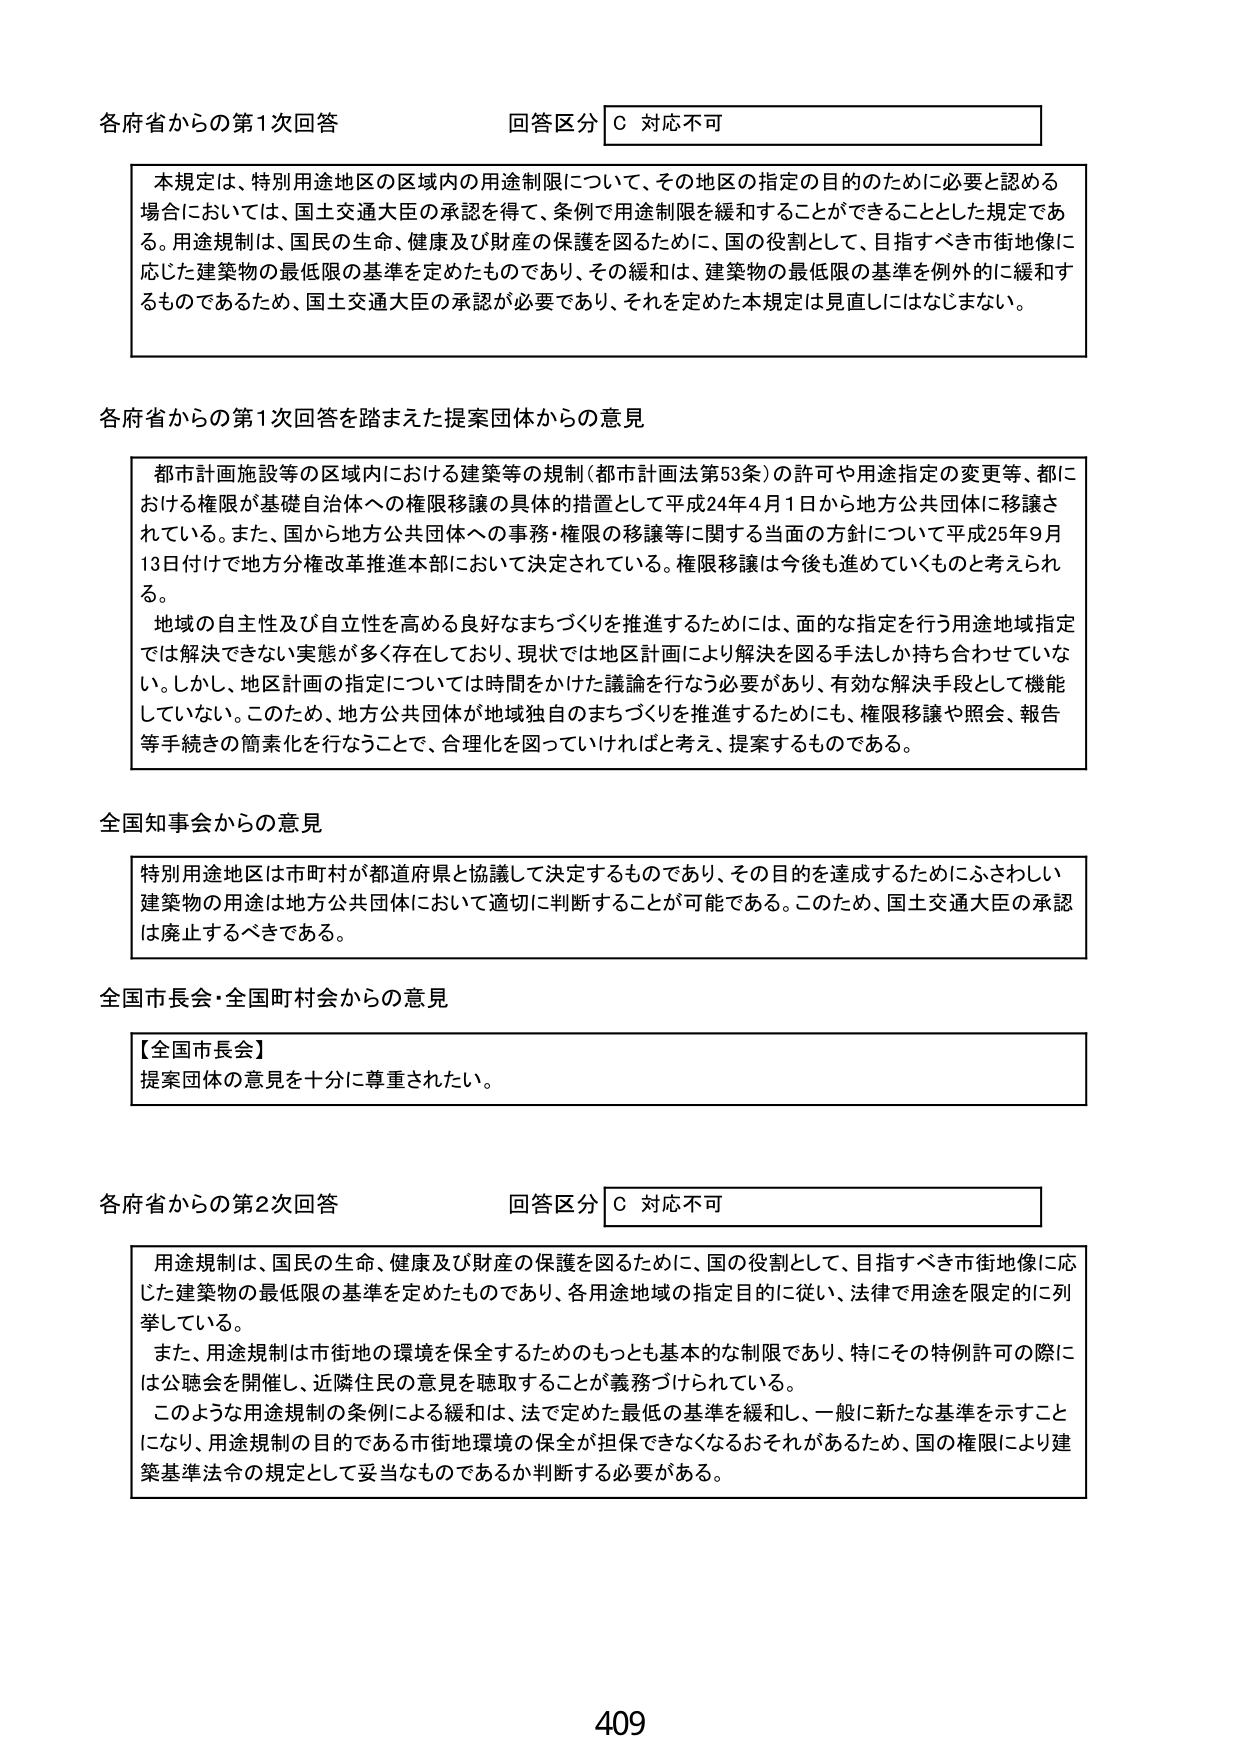
各府省からの第1次回答
回答区分 C 対応不可

本規定は、特別用途地区の区域内の用途制限について、その地区の指定の目的のために必要と認める場合においては、国土交通大臣の承認を得て、条例で用途制限を緩和することができる thingとした規定である。用途規制は、国民の生命、健康及び財産の保護を図るために、国の役割として、目指すべき市街地像に応じた建築物の最低限の基準を定めたものであり、その緩和は、建築物の最低限の基準を例外的に緩和するものであるため、国土交通大臣の承認が必要であり、それを定めた本規定は見直しにはなじまない。

各府省からの第1次回答を踏まえた提案団体からの意見

都市計画施設等の区域内における建築等の規制（都市計画法第53条）の許可や用途指定の変更等、都における権限が基礎自治体への権限移譲の具体的措置として平成24年4月1日から地方公共団体に移譲されている。また、国から地方公共団体への事務・権限の移譲等に関する当面の方針について平成25年9月13日付けで地方分権改革推進本部において決定されている。権限移譲は今後も進めていくものと考えられる。
地域の自主性及び自立性を高める良好なまちづくりを推進するためには、面的な指定を行う用途地域指定では解決できない実態が多く存在しており、現状では地区計画により解決を図る手法しか持ち合わせていない。しかし、地区計画の指定については時間をかけた議論を行なう必要があり、有効な解決手段として機能していない。このため、地方公共団体が地域独自のまちづくりを推進するためにも、権限移譲や照会、報告等手続きの簡素化を行なうことで、合理化を図っていければと考え、提案するものである。

全国知事会からの意見

特別用途地区は市町村が都道府県と協議して決定するものであり、その目的を達成するためにふさわしい建築物の用途は地方公共団体において適切に判断することが可能である。このため、国土交通大臣の承認は廃止するべきである。

全国市長会・全国町村会からの意見

【全国市長会】
提案団体の意見を十分に尊重されたい。

各府省からの第2次回答
回答区分 C 対応不可

用途規制は、国民の生命、健康及び財産の保護を図るために、国の役割として、目指すべき市街地像に応じた建築物の最低限の基準を定めたものであり、各用途地域の指定目的に従い、法律で用途を限定的に列挙している。
また、用途規制は市街地の環境を保全するためのもっとも基本的な制限であり、特にその特例許可の際には公聴会を開催し、近隣住民の意見を聴取することが義務づけられている。
このような用途規制の条例による緩和は、法で定めた最低の基準を緩和し、一般に新たな基準を示すことになり、用途規制の目的である市街地環境の保全が担保できなくなるおそれがあるため、国の権限により建築基準法令の規定として妥当なものであるか判断する必要がある。

409